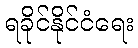
ရခိုင်နိုင်ငံရေး